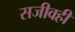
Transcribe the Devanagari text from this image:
सजीवही